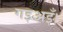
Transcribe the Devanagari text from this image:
गइअइँ।